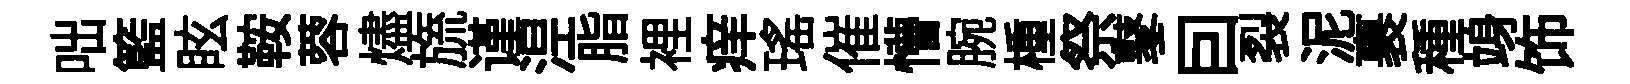
咄籃眩鞍蓉燼旒谨𣵀脂裡痒瑤催懵腕㮔祭鼕囙裂泥裹種竧饰